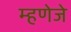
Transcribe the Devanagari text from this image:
म्हणेजे